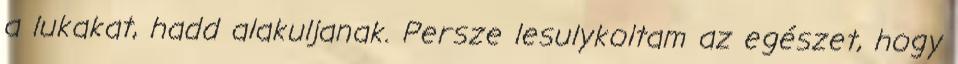
a lukakat, hadd alakuljanak. Persze lesulykoltam az egészet, hogy